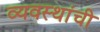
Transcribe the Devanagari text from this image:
व्यवस्थांची